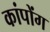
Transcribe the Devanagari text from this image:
कांपोंग